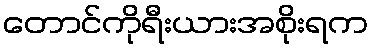
တောင်ကိုရီးယားအစိုးရက